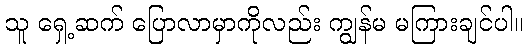
သူ ရှေ့ဆက် ပြောလာမှာကိုလည်း ကျွန်မ မကြားချင်ပါ။